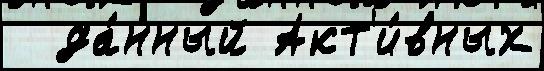
  да́нный Акт'и́вных